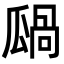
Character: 𤬋